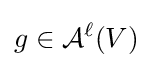
g\in {\mathcal {A}}^{\ell }(V)